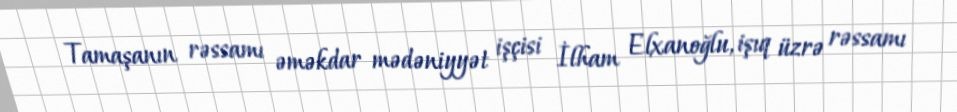
Tamaşanın rəssamı əməkdar mədəniyyət işçisi İlham Elxanoğlu, işıq üzrə rəssamı